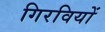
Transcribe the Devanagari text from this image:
गिरवियों